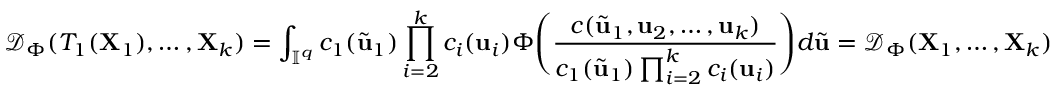
\mathcal { D } _ { \Phi } ( T _ { 1 } ( \mathbf { X } _ { 1 } ) , \dots , \mathbf { X } _ { k } ) = \int _ { \mathbb { I } ^ { q } } c _ { 1 } ( \widetilde { \mathbf { u } } _ { 1 } ) \prod _ { i = 2 } ^ { k } c _ { i } ( \mathbf { u } _ { i } ) \Phi \Bigg ( \frac { c ( \widetilde { \mathbf { u } } _ { 1 } , \mathbf { u } _ { 2 } , \dots , \mathbf { u } _ { k } ) } { c _ { 1 } ( \widetilde { \mathbf { u } } _ { 1 } ) \prod _ { i = 2 } ^ { k } c _ { i } ( \mathbf { u } _ { i } ) } \Bigg ) d \widetilde { \mathbf { u } } = \mathcal { D } _ { \Phi } ( \mathbf { X } _ { 1 } , \dots , \mathbf { X } _ { k } )